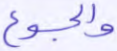
والجوع